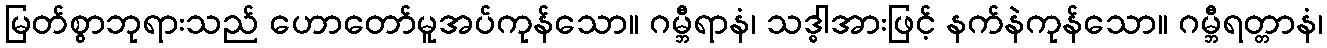
မြတ်စွာဘုရားသည် ဟောတော်မူအပ်ကုန်သော။ ဂမ္ဘီရာနံ၊ သဒ္ဓါအားဖြင့် နက်နဲကုန်သော။ ဂမ္ဘီရတ္တာနံ၊